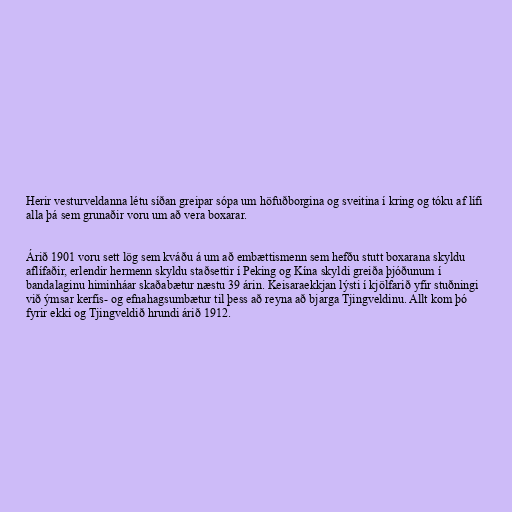
Herir vesturveldanna létu síðan greipar sópa um höfuðborgina og sveitina í kring og tóku af lífi
alla þá sem grunaðir voru um að vera boxarar.

Árið 1901 voru sett lög sem kváðu á um að embættismenn sem hefðu stutt boxarana skyldu
aflífaðir, erlendir hermenn skyldu staðsettir í Peking og Kína skyldi greiða þjóðunum í
bandalaginu himinháar skaðabætur næstu 39 árin. Keisaraekkjan lýsti í kjölfarið yfir stuðningi
við ýmsar kerfis- og efnahagsumbætur til þess að reyna að bjarga Tjingveldinu. Allt kom þó
fyrir ekki og Tjingveldið hrundi árið 1912.